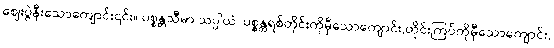
ဈေးပွဲနီးသောကျောင်း၎င်း။ ပစ္စန္တသီမာ သပ္ပါယံ၊ ပစ္စန္တရစ်တိုင်းကိုမှီသောကျောင်း,တိုင်းကြပ်ကိုမှီသောကျောင်း,